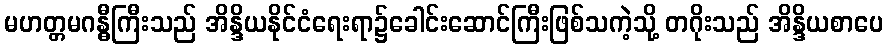
မဟတ္တမဂန္ဓီကြီးသည် အိန္ဒိယနိုင်ငံရေးရာ၌ခေါင်းဆောင်ကြီးဖြစ်သကဲ့သို့ တဂိုးသည် အိန္ဒိယစာပေ